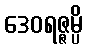
ဒေဝရဇ္ဇမ္ပိ